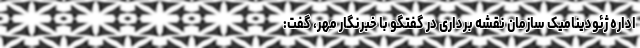
اداره ژئودینامیک سازمان نقشه برداری در گفتگو با خبرنگار مهر، گفت: